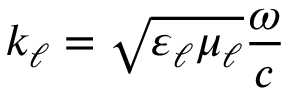
k _ { \ell } = \sqrt { \varepsilon _ { \ell } \mu _ { \ell } } \frac { \omega } { c }